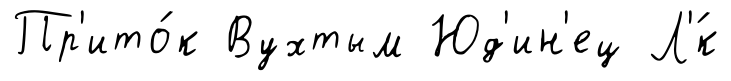
Пр'ито́к Вухтым Юд'ин'ец Л'́к